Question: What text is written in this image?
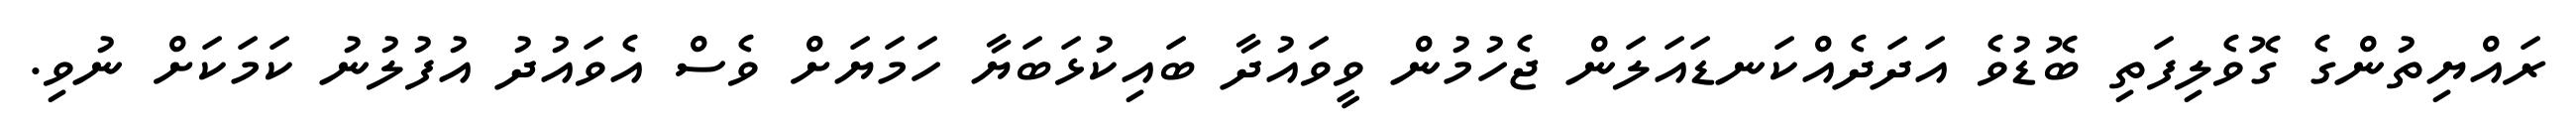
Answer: ރައްޔިތުންގެ ގޮވެލިފަތި ބޮޑުވެ އަދަދެއްކަނޑައަލަން ޖެހުމުން ވީވައުދާ ބައިކުޅަބަޔާ ހަމަޔަށް ވެސް އެވައުދު އުފުލުނު ކަމަކަށް ނުވި.